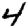
Digit: 4